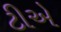
ટીએ